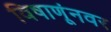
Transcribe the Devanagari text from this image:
विषाणूंनवर